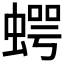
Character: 𧍞